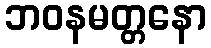
ဘဝနမတ္တနော